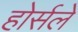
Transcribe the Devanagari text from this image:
होर्सले